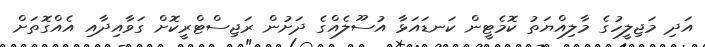
އަދި މަޖިލީހުގެ މާލިއްޔަތު ކޮމެޓީން ކަނޑައަޅާ އުސޫލެއްގެ ދަށުން ރަޖިސްޓްރީކޮށް ގަވާއިދާއި އެއްގޮތަށް